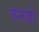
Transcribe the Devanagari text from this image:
एनज़ो